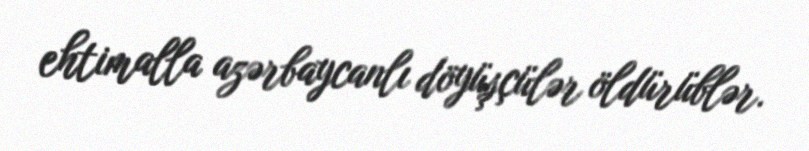
ehtimalla azərbaycanlı döyüşçülər öldürüblər.